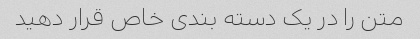
متن را در یک دسته بندی خاص قرار دهید